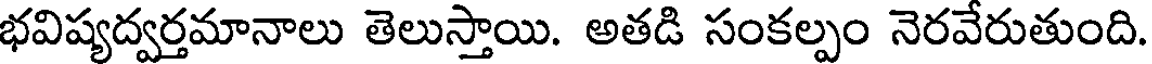
భవిష్యద్వర్తమానాలు తెలుస్తాయి. అతడి సంకల్పం నెరవేరుతుంది